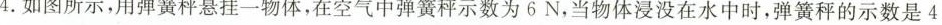
4.如图所示，用弹簧秤悬挂一物体，在空气中弹簧秤示数为6N，当物体浸没在水中时，弹簧秤的示数是4